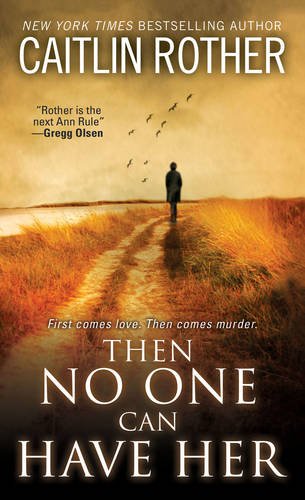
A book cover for Then No One Can Have Her; Caitlin Rother; Biographies & Memoirs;